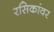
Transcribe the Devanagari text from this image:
रसिकांवर